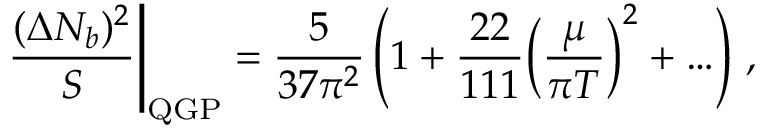
\left. { \frac { ( \Delta N _ { b } ) ^ { 2 } } { S } } \right\vert _ { \mathrm { Q G P } } = { \frac { 5 } { 3 7 \pi ^ { 2 } } } \left( 1 + { \frac { 2 2 } { 1 1 1 } } \Bigl ( { \frac { \mu } { \pi T } } \Bigr ) ^ { 2 } + \ldots \right) \, ,